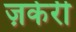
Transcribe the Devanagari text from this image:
ज़केरी